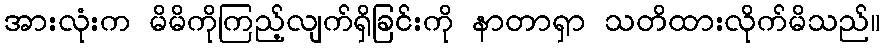
အားလုံးက မိမိကိုကြည့်လျက်ရှိခြင်းကို နာတာရှာ သတိထားလိုက်မိသည်။